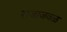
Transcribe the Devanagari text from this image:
राजाजवळ